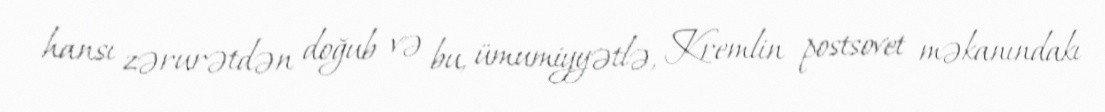
hansı zərurətdən doğub və bu, ümumiyyətlə, Kremlin postsovet məkanındakı